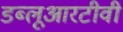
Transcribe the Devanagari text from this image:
डब्लूआरटीवी